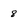
Character: 8